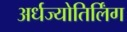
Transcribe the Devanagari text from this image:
अर्धज्योतिर्लिंग